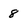
Character: 8